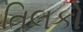
તિલકો